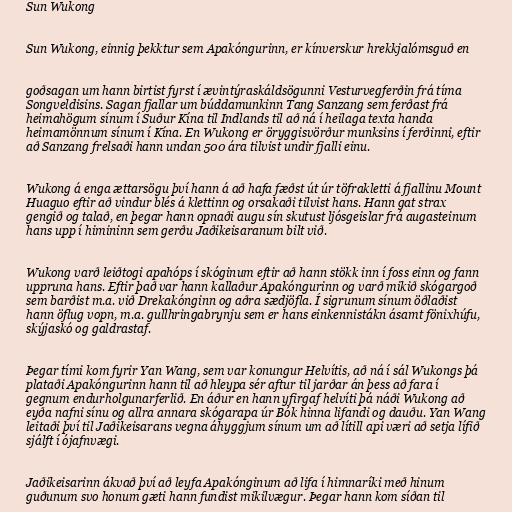
Sun Wukong

Sun Wukong, einnig þekktur sem Apakóngurinn, er kínverskur hrekkjalómsguð en

goðsagan um hann birtist fyrst í ævintýraskáldsögunni Vesturvegferðin frá tíma
Songveldisins. Sagan fjallar um búddamunkinn Tang Sanzang sem ferðast frá
heimahögum sínum í Suður Kína til Indlands til að ná í heilaga texta handa
heimamönnum sínum í Kína. En Wukong er öryggisvörður munksins í ferðinni, eftir
að Sanzang frelsaði hann undan 500 ára tilvist undir fjalli einu.

Wukong á enga ættarsögu því hann á að hafa fæðst út úr töfrakletti á fjallinu Mount
Huaguo eftir að vindur blés á klettinn og orsakaði tilvist hans. Hann gat strax
gengið og talað, en þegar hann opnaði augu sín skutust ljósgeislar frá augasteinum
hans upp í himininn sem gerðu Jaðikeisaranum bilt við.

Wukong varð leiðtogi apahóps í skóginum eftir að hann stökk inn í foss einn og fann
uppruna hans. Eftir það var hann kallaður Apakóngurinn og varð mikið skógargoð
sem barðist m.a. við Drekakónginn og aðra sædjöfla. Í sigrunum sínum öðlaðist
hann öflug vopn, m.a. gullhringabrynju sem er hans einkennistákn ásamt fönixhúfu,
skýjaskó og galdrastaf.

Þegar tími kom fyrir Yan Wang, sem var konungur Helvítis, að ná í sál Wukongs þá
plataði Apakóngurinn hann til að hleypa sér aftur til jarðar án þess að fara í
gegnum endurholgunarferlið. En áður en hann yfirgaf helvíti þá náði Wukong að
eyða nafni sínu og allra annara skógarapa úr Bók hinna lifandi og dauðu. Yan Wang
leitaði því til Jaðikeisarans vegna áhyggjum sínum um að lítill api væri að setja lífið
sjálft í ójafnvægi.

Jaðikeisarinn ákvað því að leyfa Apakónginum að lifa í himnaríki með hinum
guðunum svo honum gæti hann fundist mikilvægur. Þegar hann kom síðan til